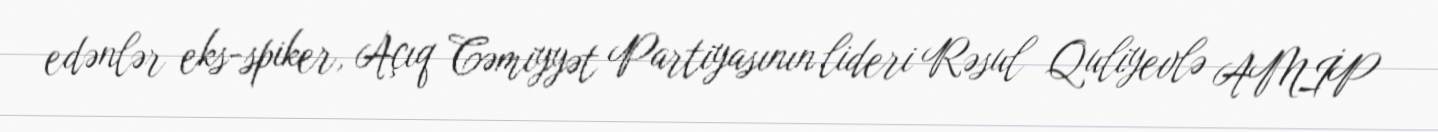
edənlər eks-spiker, Açıq Cəmiyyət Partiyasının lideri Rəsul Quliyevlə AMİP